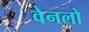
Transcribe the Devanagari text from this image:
वेनलो